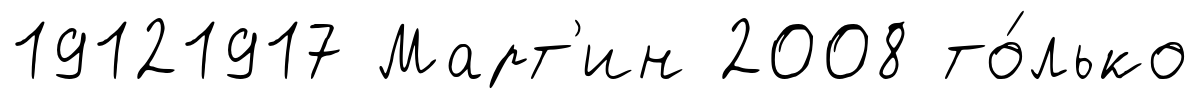
19121917 Март'ин 2008 то́лько